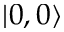
\left\vert 0 , 0 \right\rangle